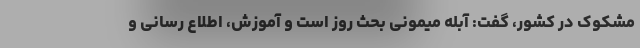
مشکوک در کشور، گفت: آبله میمونی بحث روز است و آموزش، اطلاع رسانی و